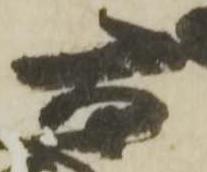
石